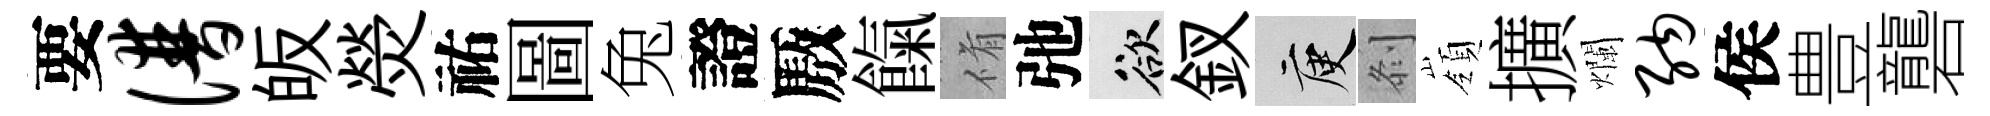
要谱皈熒祐圖兔證厫餼脩弛欲釵庾𠛴嶺擴爛纳侯豊礱